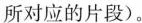
所对应的片段)。